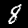
Label: 8